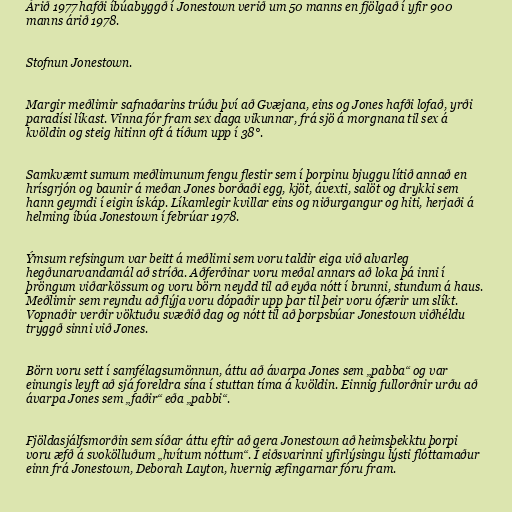
Árið 1977 hafði íbúabyggð í Jonestown verið um 50 manns en fjölgað í yfir 900
manns árið 1978.

Stofnun Jonestown.

Margir meðlimir safnaðarins trúðu því að Gvæjana, eins og Jones hafði lofað, yrði
paradísi líkast. Vinna fór fram sex daga vikunnar, frá sjö á morgnana til sex á
kvöldin og steig hitinn oft á tíðum upp í 38°.

Samkvæmt sumum meðlimunum fengu flestir sem í þorpinu bjuggu lítið annað en
hrísgrjón og baunir á meðan Jones borðaði egg, kjöt, ávexti, salöt og drykki sem
hann geymdi í eigin ískáp. Líkamlegir kvillar eins og niðurgangur og hiti, herjaði á
helming íbúa Jonestown í febrúar 1978.

Ýmsum refsingum var beitt á meðlimi sem voru taldir eiga við alvarleg
hegðunarvandamál að stríða. Aðferðinar voru meðal annars að loka þá inni í
þröngum viðarkössum og voru börn neydd til að eyða nótt í brunni, stundum á haus.
Meðlimir sem reyndu að flýja voru dópaðir upp þar til þeir voru ófærir um slíkt.
Vopnaðir verðir vöktuðu svæðið dag og nótt til að þorpsbúar Jonestown viðhéldu
tryggð sinni við Jones.

Börn voru sett í samfélagsumönnun, áttu að ávarpa Jones sem „pabba“ og var
einungis leyft að sjá foreldra sína í stuttan tíma á kvöldin. Einnig fullorðnir urðu að
ávarpa Jones sem „faðir“ eða „pabbi“.

Fjöldasjálfsmorðin sem síðar áttu eftir að gera Jonestown að heimsþekktu þorpi
voru æfð á svokölluðum „hvítum nóttum“. Í eiðsvarinni yfirlýsingu lýsti flóttamaður
einn frá Jonestown, Deborah Layton, hvernig æfingarnar fóru fram.